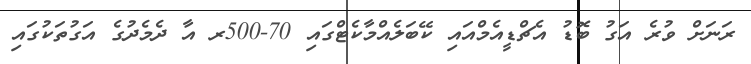
ރަނަށް ވުރެ އަގު ބޮޑު އެޗްޑީއެމްއައި ކޭބަލެއްމާކެޓްގައި 70-500ރ އާ ދެމެދުގެ އަގުތަކުގައި